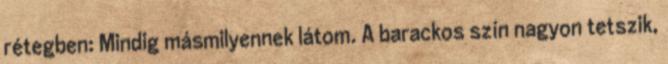
rétegben: Mindig másmilyennek látom. A barackos szín nagyon tetszik,